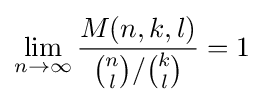
\lim _{n\rightarrow \infty }{\frac {M(n,k,l)}{{n \choose l}/{k \choose l}}}=1